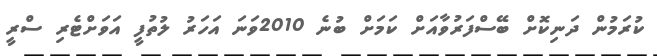
ކުރަމުން ދަނިކޮށް ބޭސްފަރުވާއަށް ކަމަށް ބުނެ 2010ވަނަ އަހަރު ލުތުފީ އަވަށްޓެރި ސްރީ